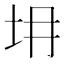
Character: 𡉱